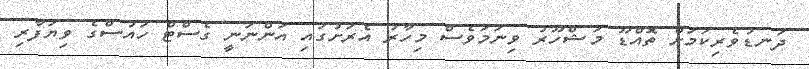
ދަނޑުވެރިކަމަށް ތޮއްޑޫ މަޝްހޫރު ވިނަމަވެސް މިހާރު އެރަށުގައި އަންނަނީ ގެސްޓް ހައުސްގެ ވިޔަފާރި